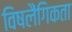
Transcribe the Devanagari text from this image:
विषलैंगिकता